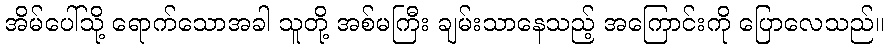
အိမ်ပေါ်သို့ ရောက်သောအခါ သူတို့ အစ်မကြီး ချမ်းသာနေသည့် အကြောင်းကို ပြောလေသည်။